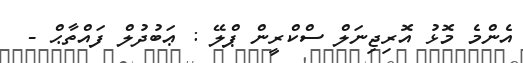
އެންމެ މޮޅު އޮރިޖިނަލް ސްކްރީން ޕްލޭ : ޢަބުދުލް ފައްތާޙް -